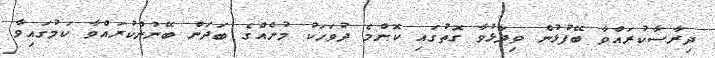
ދިރާސާކުރައްވާ ބޭފުޅުން ވިދާޅުވާ ގޮތުގައި ކޮންމެ ދުވަހަކު މުށެއްގެ ބަދަން ބޭނުންކުރައްވާ ކަމުގައިވާ